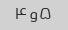
۵و۴